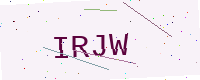
Text: IRJW